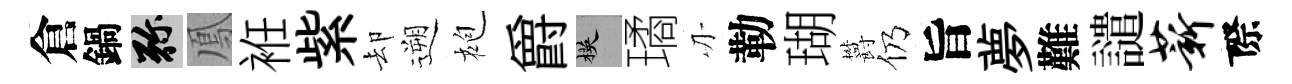
倉鍋弥鳳袵紫却遡袍爵楧璚刃勒瑚欝仍旨夢難譴薪際